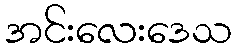
အင်းလေးဒေသ